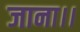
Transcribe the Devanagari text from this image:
जाना।।